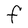
Character: F